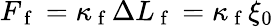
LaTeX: F_{\mathrm{~f~}}=\kappa_{\mathrm{~f~}}\Delta L_{\mathrm{~f~}}=\kappa_{\mathrm{~f~}}\xi_{0}